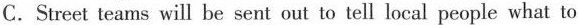
C.Street teams will be sent out to tell local people what to